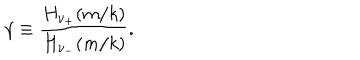
\gamma \equiv { \frac { H _ { \nu _ { + } } ( m / k ) } { H _ { \nu _ { - } } ( m / k ) } } .